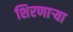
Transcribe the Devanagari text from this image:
शिरणाऱ्या